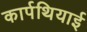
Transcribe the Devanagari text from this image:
कार्पथियाई